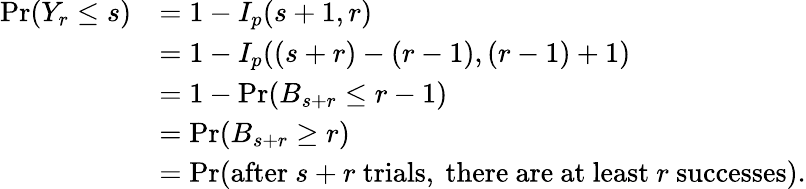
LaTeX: {\begin{array}{rl}{\operatorname*{Pr}(Y_{r}\leq s)}&{=1-I_{p}(s+1,r)}\\ &{=1-I_{p}((s+r)-(r-1),(r-1)+1)}\\ &{=1-\operatorname*{Pr}(B_{s+r}\leq r-1)}\\ &{=\operatorname*{Pr}(B_{s+r}\geq r)}\\ &{=\operatorname*{Pr}({\mathrm{after~}}s+r{\mathrm{~trials,~there~are~at~least~}}r{\mathrm{~successes}}).}\end{array}}